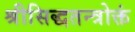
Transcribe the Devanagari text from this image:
श्रीसिद्धतन्त्रोक्तं